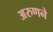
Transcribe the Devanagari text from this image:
अरुणने